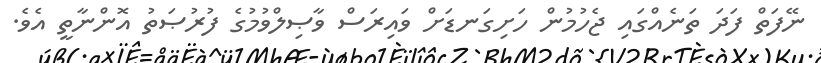
ނޭފަތް ފަދަ ތަނެއްގައި ޖެހުމުން ހަށިގަނޑަށް ވައިރަސް ވާޞިލްވުމުގެ ފުރުޞަތު އޮންނާތީ އެވެ.